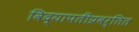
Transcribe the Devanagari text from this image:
विद्यापतीप्रवर्तित